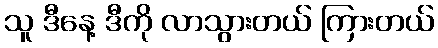
သူ ဒီနေ့ ဒီကို လာသွားတယ် ကြားတယ်